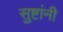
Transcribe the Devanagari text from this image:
सुष्टांनी